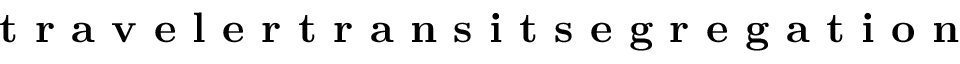
\textbf { t r a v e l e r t r a n s i t s e g r e g a t i o n }